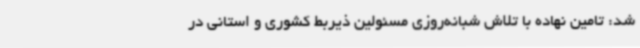
شد: تامین نهاده با تلاش شبانه‌روزی مسئولین ذیربط کشوری و استانی در